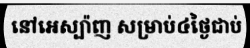
នៅអេស្ប៉ាញ សម្រាប់៤ថ្ងៃជាប់